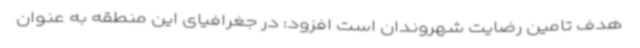
هدف تامین رضایت شهروندان است افزود: در جغرافیای این منطقه به عنوان